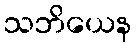
သဘိယေန